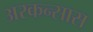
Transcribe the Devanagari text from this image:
अरकन्‍सास